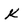
Character: k